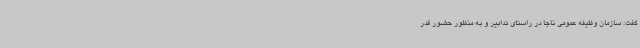
گفت: سازمان وظیفه عمومی ناجا در راستای تدابیر و به منظور حضور قدر